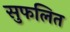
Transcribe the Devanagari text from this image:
सुफलित